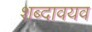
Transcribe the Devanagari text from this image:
शब्दावयव